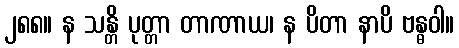
၂၈၈။ န သန္တိ ပုတ္တာ တာဏာယ၊ န ပိတာ နာပိ ဗန္ဓဝါ။